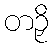
တဉှိ